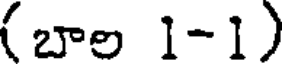
(బాల 1-1)